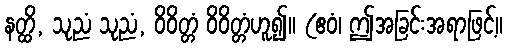
နတ္ထိ, သုညံ သုညံ, ဝိဝိတ္တံ ဝိဝိတ္တံဟူ၍။ (ဧဝံ၊ ဤအခြင်းအရာဖြင့်။